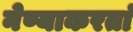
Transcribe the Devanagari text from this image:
नेण्याकरतां